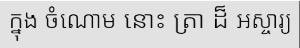
ក្នុង ចំណោម នោះ ត្រា ដ៏ អស្ចារ្យ